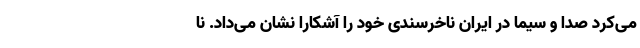
می‌کرد صدا و سیما در ایران ناخرسندی خود را آشکارا نشان می‌داد. نا